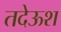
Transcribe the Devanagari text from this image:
तदेऊश